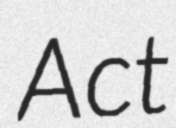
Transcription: Act